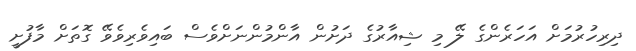
ދިރިހުރުމަށް އަހަރެންގެ ލޭ މި ޝިއާރުގެ ދަށުން އާންމުންނަށްވެސް ބައިވެރިވެވޭ ގޮތަށް މާފުށީ